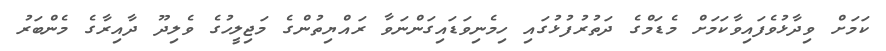
ކަމަށް ވިދާޅުވެފައިވާކަމަށް މެޑަމްގެ ދަތުރުފުޅުގައި ހިމެނިވަޑައިގަންނަވާ ރައްޔިތުންގެ މަޖިލީހުގެ ވެލިދޫ ދާއިރާގެ މެންބަރު